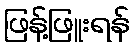
ဖြန့်ဖြူးရန်